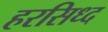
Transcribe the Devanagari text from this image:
हरसिध्द